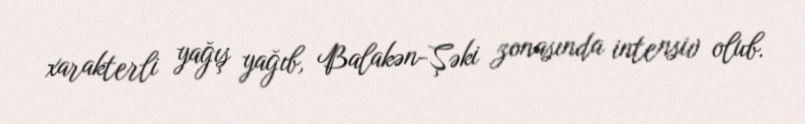
xarakterli yağış yağıb, Balakən-Şəki zonasında intensiv olub.